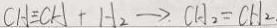
C H \div C H + H _ { 2 } \rightarrow C H _ { 2 } = C H _ { 2 }